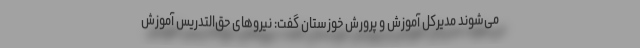
می‌شوند مدیرکل آموزش و پرورش خوزستان گفت: نیروهای حق‌التدریس آموزش